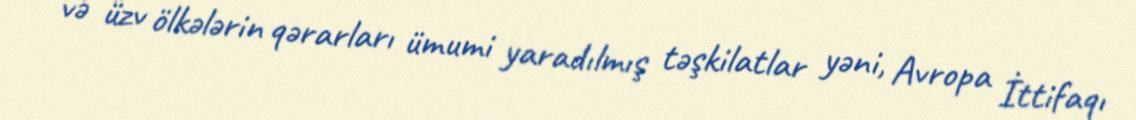
və üzv ölkələrin qərarları ümumi yaradılmış təşkilatlar yəni, Avropa İttifaqı